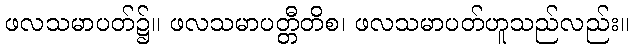
ဖလသမာပတ်၌။ ဖလသမာပတ္တီတိစ၊ ဖလသမာပတ်ဟူသည်လည်း။